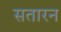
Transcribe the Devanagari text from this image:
सतारन